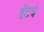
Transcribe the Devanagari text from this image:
हॅटचे